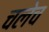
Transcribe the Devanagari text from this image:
चलेच